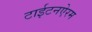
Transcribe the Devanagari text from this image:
टाईटनऐरम